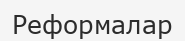
Реформалар